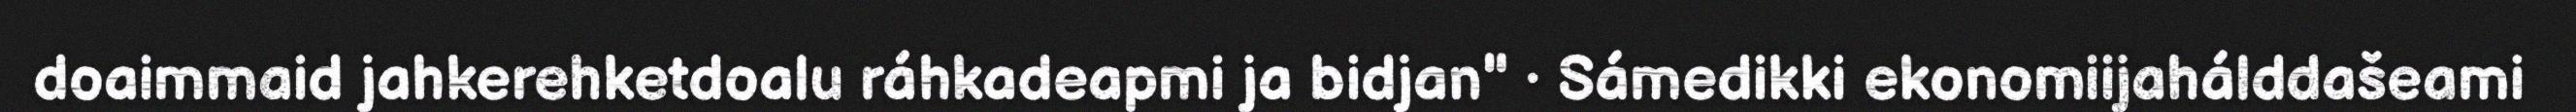
doaimmaid jahkerehketdoalu ráhkadeapmi ja bidjan" • Sámedikki ekonomiijahálddašeami